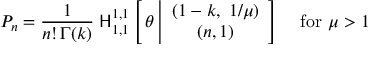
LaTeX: P _ { n } = \frac { 1 } { n ! \, \Gamma ( k ) } \; { \sf H } _ { 1 , 1 } ^ { 1 , 1 } \left[ \, \theta \left| \begin{array} { c } { { ( 1 - k , \; 1 / \mu ) } } \\ { { ( n , 1 ) } } \end{array} \right] \right. \quad \mathrm { f o r ~ } \mu > 1